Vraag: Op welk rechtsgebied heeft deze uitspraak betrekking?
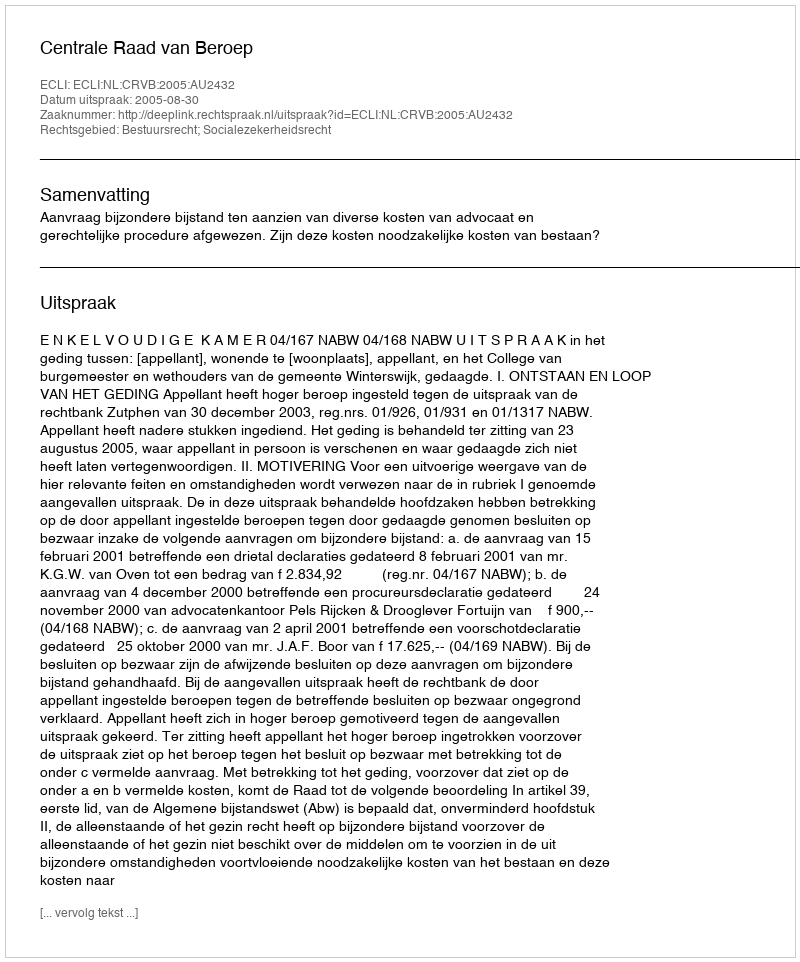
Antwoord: Bestuursrecht; Socialezekerheidsrecht